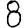
Digit: 8